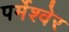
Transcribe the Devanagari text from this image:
पर्मेश्वेर